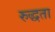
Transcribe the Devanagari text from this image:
रुद्धता